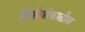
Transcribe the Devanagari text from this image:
विशेषांकातील